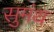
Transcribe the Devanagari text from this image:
सुमंथ